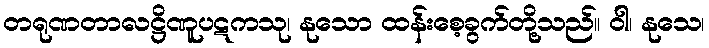
တရုဏတာလဋ္ဌိဏူပဋကသု၊ နုသော ထန်းစေ့ခွက်တို့သည်။ ဝါ၊ နုသေ၊